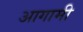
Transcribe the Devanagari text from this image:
अागामी